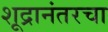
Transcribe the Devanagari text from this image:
शूद्रानंतरचा